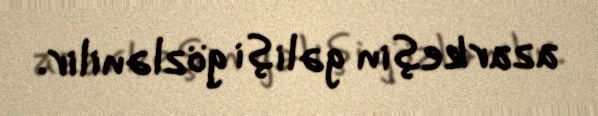
azarkeşin gəlişi gözlənilir.